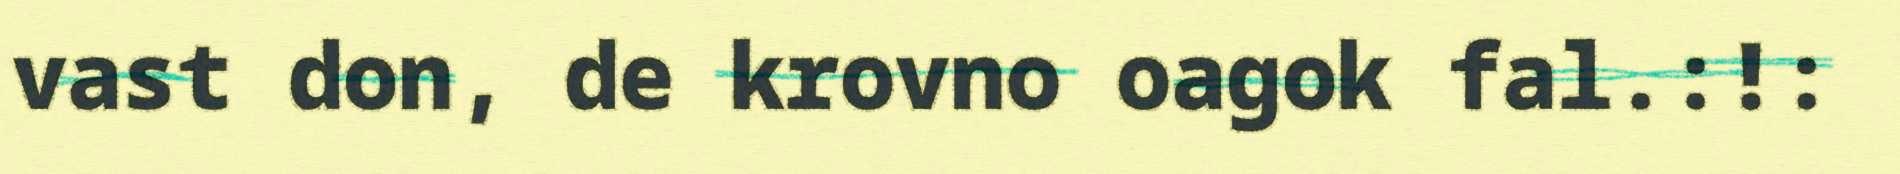
vast don, de krovno oagok fal.:!: